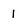
Character: 1